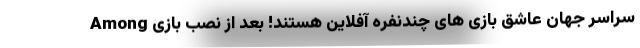
سراسر جهان عاشق بازی های چندنفره آفلاین هستند! بعد از نصب بازی Among